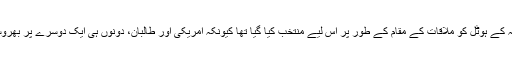
رپورٹ میں دعویٰ کیا گیا کہ دوحہ کے ہوٹل کو ملاقات کے مقام کے طور پر اس لیے منتخب کیا گیا تھا کیونکہ امریکی اور طالبان، دونوں ہی ایک دوسرے پر بھروسہ کرنے کے لیے تیار نہیں تھے۔